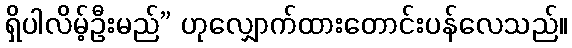
ရှိပါလိမ့်ဦးမည်” ဟုလျှောက်ထားတောင်းပန်လေသည်။